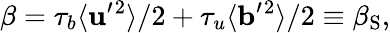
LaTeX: \beta=\tau_{b}\langle{{\mathbf{u}}^{\prime}{}^{2}}\rangle/2+\tau_{u}\langle{{\mathbf{b}}^{\prime}{}^{2}}\rangle/2\equiv\beta_{\mathrm{{S}}},